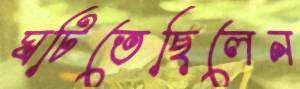
ঘটিতেছিলেন